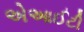
એઆઈટી